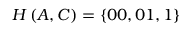
H \left( A , C \right) = \left\{ 0 0 , 0 1 , 1 \right\}